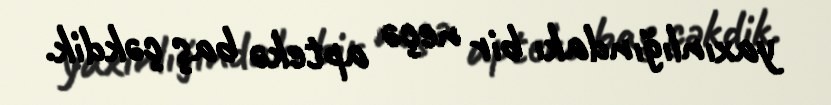
yaxınlığındakı bir neçə aptekə baş çəkdik.